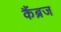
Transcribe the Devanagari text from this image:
कैंब्रज